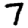
Digit: 7